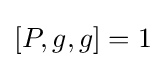
[P,g,g]=1